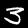
Label: 3